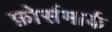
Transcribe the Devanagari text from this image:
फ़ोर्समार्क